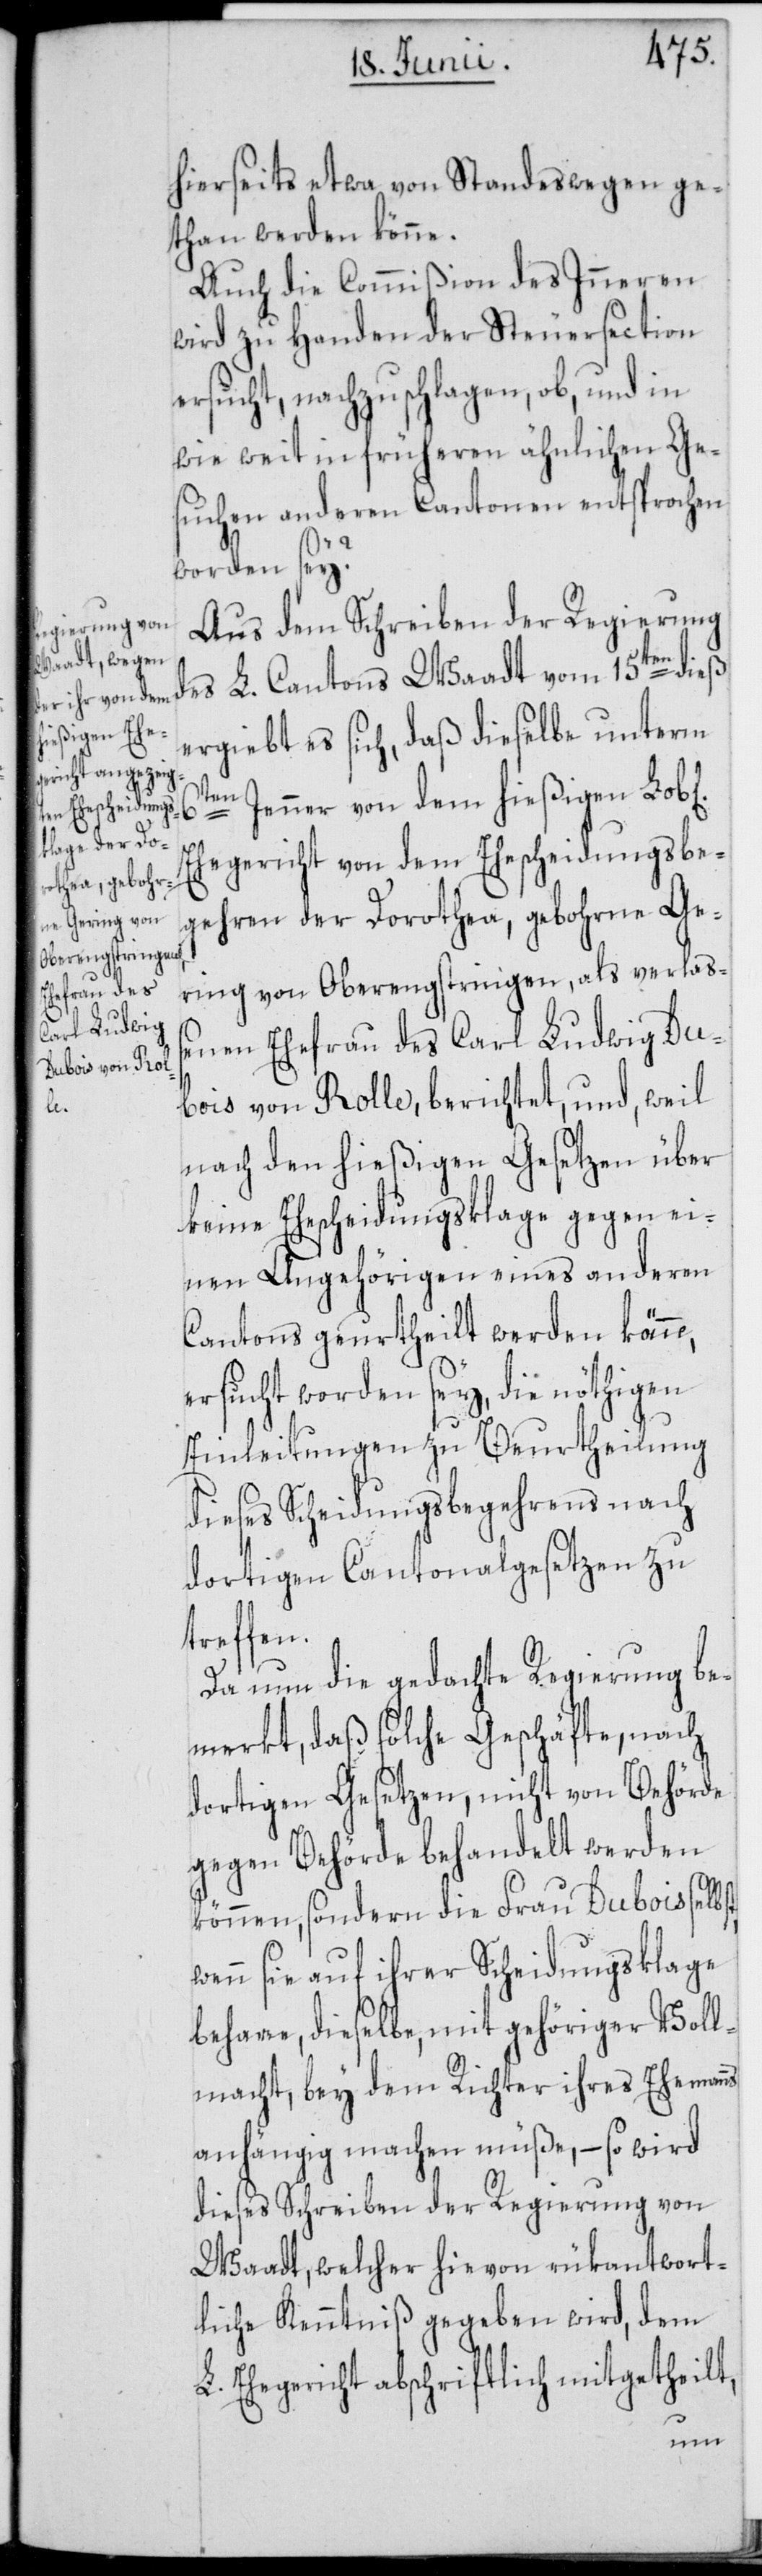
hierseits etwa von Standeswegen ge¬
than werden könne.
Auch die Commißion des Inneren
wird zu Handen der Steuersection
ersucht, nachzuschlagen, ob, und in
wie weit in früheren ähnlichen Ge¬
suchen anderen Cantonen entsprochen
worden sey?
Aus dem Schreiben der Regierung
des L. Cantons Waadt vom 15ten dieß
ergiebt es sich, daß dieselbe unterm
6ten
Jenner von dem hießigen Lob[l¬
Ehegericht von dem Ehescheidungsbe¬
gehren der Dorothea, gebohrne Ge¬
ring von Oberengstringen, als verlaße¬
nen Ehefrau des Carl Ludwig Du¬
bois von Rolle, berichtet, und, weil
nach den hießigen Gesetzen über
keine Ehescheidungsklage gegen ei¬
nen Angehörigen eines anderen
Cantons geurtheilt werden könne,
ersucht worden sey, die nöthigen
Einleitungen zu Beurtheilung
dieses Scheidungsbegehrens nach
dortigen Cantonalgesetzen zu
treffen.
Da nun die gedachte Regierung be¬
merkt, daß solche Geschäfte, nach
dortigen Gesetzen, nicht von Behörde
gegen Behörde behandelt werden
können, sondern die Frau Dubois selbst,
n sie auf ihrer Scheidungsklage
beharre, dieselbe, mit gehöriger Voll¬
macht, bey dem Richter ihres Eheman¬
anhängig machen müße, – so wird
dieses Schreiben der Regierung von
Waadt, welcher hievon rükantwort¬
liche Kenntniß gegeben wird, dem
L. Ehegericht abschriftlich mitgetheilt,
ns